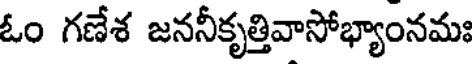
ఓం గణేశ జననీకృత్తివాసోభ్యాంనమః